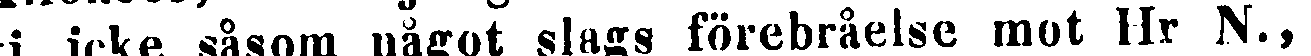
i icke såsom något slags förebråelse mot Hr N.,